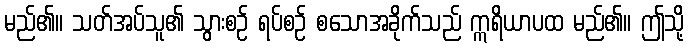
မည်၏။ သတ်အပ်သူ၏ သွားစဉ် ရပ်စဉ် စသောအခိုက်သည် ဣရိယာပထ မည်၏။ ဤသို့